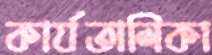
কার্যতালিকা